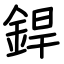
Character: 銲